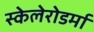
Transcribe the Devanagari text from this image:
स्केलेरोडर्मा